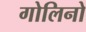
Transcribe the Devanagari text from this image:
गोलिनो